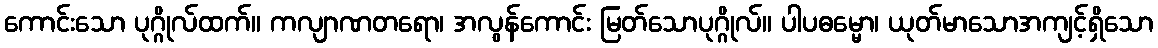
ကောင်းသော ပုဂ္ဂိုလ်ထက်။ ကလျာဏတရော၊ အလွန်ကောင်း မြတ်သောပုဂ္ဂိုလ်။ ပါပဓမ္မော၊ ယုတ်မာသောအကျင့်ရှိသော